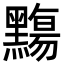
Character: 䵰